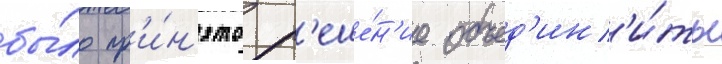
бы́ло пр'и́н'ято р'еше́н'ие объед'ин'и́ть